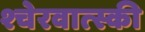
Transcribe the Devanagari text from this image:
श्चेरवात्स्की